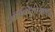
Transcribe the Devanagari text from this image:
आंध्रप्रदेशामधील